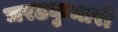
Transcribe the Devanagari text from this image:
जरठकुमारी